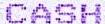
CASH